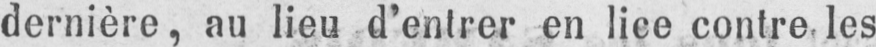
dernière, au lieu d’entrer en lice contre les